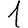
Digit: 1